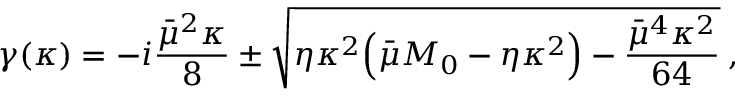
\gamma ( \kappa ) = - i \displaystyle \frac { \bar { \mu } ^ { 2 } \kappa } { 8 } \pm \sqrt { \eta \kappa ^ { 2 } \Bigl ( \bar { \mu } M _ { 0 } - \eta \kappa ^ { 2 } \Bigr ) - \frac { \bar { \mu } ^ { 4 } \kappa ^ { 2 } } { 6 4 } } \: ,